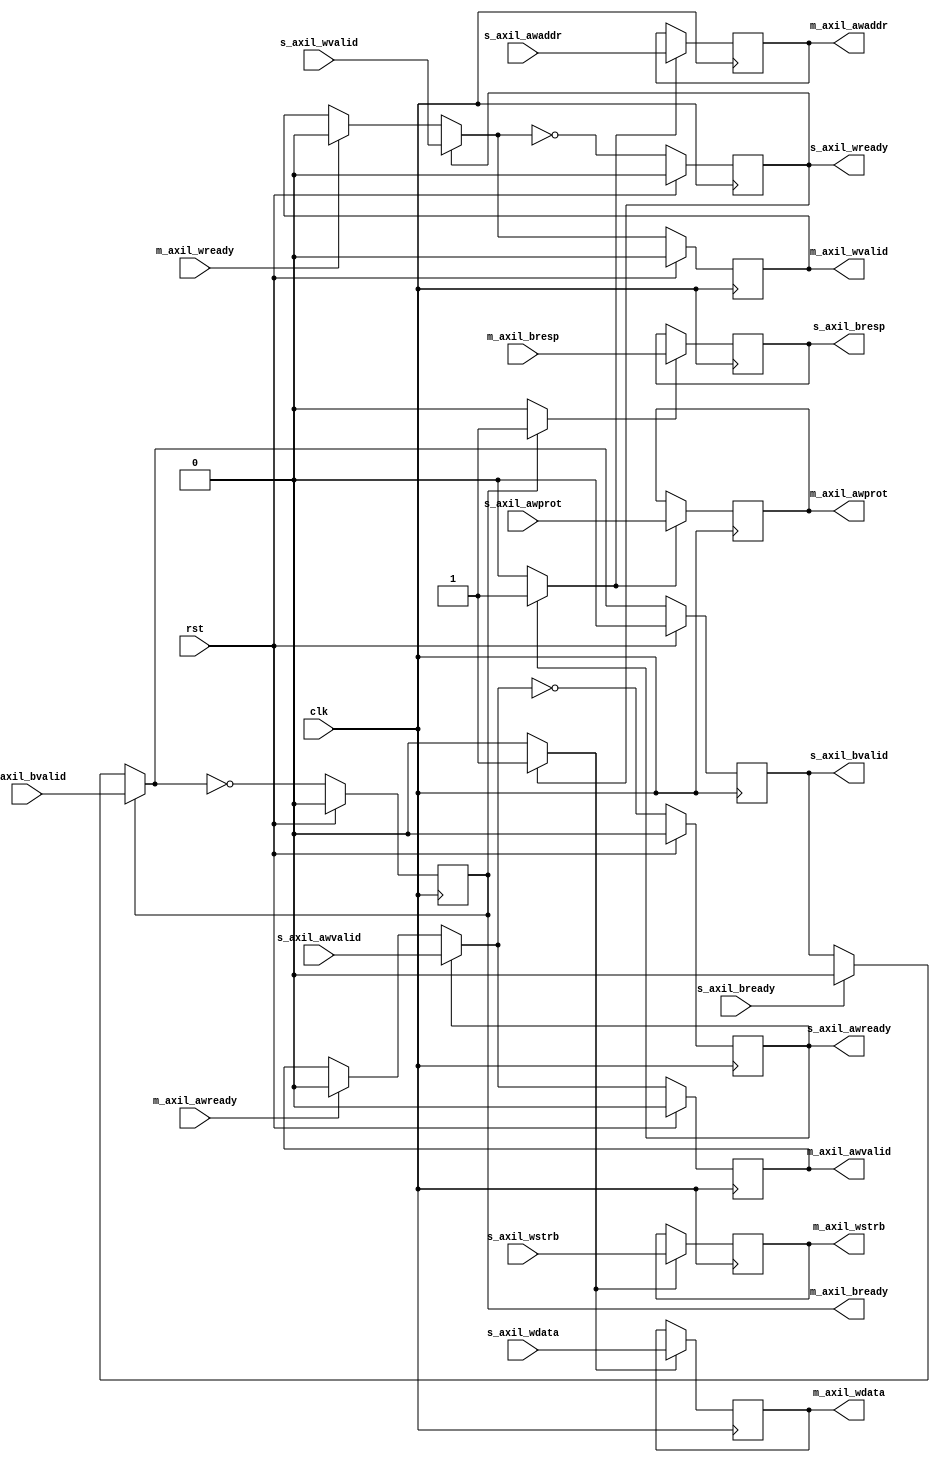
/*

Copyright (c) 2018 Alex Forencich

Permission is hereby granted, free of charge, to any person obtaining a copy
of this software and associated documentation files (the "Software"), to deal
in the Software without restriction, including without limitation the rights
to use, copy, modify, merge, publish, distribute, sublicense, and/or sell
copies of the Software, and to permit persons to whom the Software is
furnished to do so, subject to the following conditions:

The above copyright notice and this permission notice shall be included in
all copies or substantial portions of the Software.

THE SOFTWARE IS PROVIDED "AS IS", WITHOUT WARRANTY OF ANY KIND, EXPRESS OR
IMPLIED, INCLUDING BUT NOT LIMITED TO THE WARRANTIES OF MERCHANTABILITY
FITNESS FOR A PARTICULAR PURPOSE AND NONINFRINGEMENT. IN NO EVENT SHALL THE
AUTHORS OR COPYRIGHT HOLDERS BE LIABLE FOR ANY CLAIM, DAMAGES OR OTHER
LIABILITY, WHETHER IN AN ACTION OF CONTRACT, TORT OR OTHERWISE, ARISING FROM,
OUT OF OR IN CONNECTION WITH THE SOFTWARE OR THE USE OR OTHER DEALINGS IN
THE SOFTWARE.

*/

// Language: Verilog 2001

`resetall
`timescale 1ns / 1ps
`default_nettype none

/*
 * AXI4 lite register (write)
 */
module axil_register_wr #
(
    // Width of data bus in bits
    parameter DATA_WIDTH = 32,
    // Width of address bus in bits
    parameter ADDR_WIDTH = 32,
    // Width of wstrb (width of data bus in words)
    parameter STRB_WIDTH = (DATA_WIDTH/8),
    // AW channel register type
    // 0 to bypass, 1 for simple buffer
    parameter AW_REG_TYPE = 1,
    // W channel register type
    // 0 to bypass, 1 for simple buffer
    parameter W_REG_TYPE = 1,
    // B channel register type
    // 0 to bypass, 1 for simple buffer
    parameter B_REG_TYPE = 1
)
(
    input  wire                     clk,
    input  wire                     rst,

    /*
     * AXI lite slave interface
     */
    input  wire [ADDR_WIDTH-1:0]    s_axil_awaddr,
    input  wire [2:0]               s_axil_awprot,
    input  wire                     s_axil_awvalid,
    output wire                     s_axil_awready,
    input  wire [DATA_WIDTH-1:0]    s_axil_wdata,
    input  wire [STRB_WIDTH-1:0]    s_axil_wstrb,
    input  wire                     s_axil_wvalid,
    output wire                     s_axil_wready,
    output wire [1:0]               s_axil_bresp,
    output wire                     s_axil_bvalid,
    input  wire                     s_axil_bready,

    /*
     * AXI lite master interface
     */
    output wire [ADDR_WIDTH-1:0]    m_axil_awaddr,
    output wire [2:0]               m_axil_awprot,
    output wire                     m_axil_awvalid,
    input  wire                     m_axil_awready,
    output wire [DATA_WIDTH-1:0]    m_axil_wdata,
    output wire [STRB_WIDTH-1:0]    m_axil_wstrb,
    output wire                     m_axil_wvalid,
    input  wire                     m_axil_wready,
    input  wire [1:0]               m_axil_bresp,
    input  wire                     m_axil_bvalid,
    output wire                     m_axil_bready
);

generate

// AW channel

if (AW_REG_TYPE > 1) begin
// skid buffer, no bubble cycles

// datapath registers
reg                    s_axil_awready_reg = 1'b0;

reg [ADDR_WIDTH-1:0]   m_axil_awaddr_reg   = {ADDR_WIDTH{1'b0}};
reg [2:0]              m_axil_awprot_reg   = 3'd0;
reg                    m_axil_awvalid_reg  = 1'b0, m_axil_awvalid_next;

reg [ADDR_WIDTH-1:0]   temp_m_axil_awaddr_reg   = {ADDR_WIDTH{1'b0}};
reg [2:0]              temp_m_axil_awprot_reg   = 3'd0;
reg                    temp_m_axil_awvalid_reg  = 1'b0, temp_m_axil_awvalid_next;

// datapath control
reg store_axil_aw_input_to_output;
reg store_axil_aw_input_to_temp;
reg store_axil_aw_temp_to_output;

assign s_axil_awready  = s_axil_awready_reg;

assign m_axil_awaddr   = m_axil_awaddr_reg;
assign m_axil_awprot   = m_axil_awprot_reg;
assign m_axil_awvalid  = m_axil_awvalid_reg;

// enable ready input next cycle if output is ready or the temp reg will not be filled on the next cycle (output reg empty or no input)
wire s_axil_awready_early = m_axil_awready | (~temp_m_axil_awvalid_reg & (~m_axil_awvalid_reg | ~s_axil_awvalid));

always @* begin
    // transfer sink ready state to source
    m_axil_awvalid_next = m_axil_awvalid_reg;
    temp_m_axil_awvalid_next = temp_m_axil_awvalid_reg;

    store_axil_aw_input_to_output = 1'b0;
    store_axil_aw_input_to_temp = 1'b0;
    store_axil_aw_temp_to_output = 1'b0;

    if (s_axil_awready_reg) begin
        // input is ready
        if (m_axil_awready | ~m_axil_awvalid_reg) begin
            // output is ready or currently not valid, transfer data to output
            m_axil_awvalid_next = s_axil_awvalid;
            store_axil_aw_input_to_output = 1'b1;
        end else begin
            // output is not ready, store input in temp
            temp_m_axil_awvalid_next = s_axil_awvalid;
            store_axil_aw_input_to_temp = 1'b1;
        end
    end else if (m_axil_awready) begin
        // input is not ready, but output is ready
        m_axil_awvalid_next = temp_m_axil_awvalid_reg;
        temp_m_axil_awvalid_next = 1'b0;
        store_axil_aw_temp_to_output = 1'b1;
    end
end

always @(posedge clk) begin
    if (rst) begin
        s_axil_awready_reg <= 1'b0;
        m_axil_awvalid_reg <= 1'b0;
        temp_m_axil_awvalid_reg <= 1'b0;
    end else begin
        s_axil_awready_reg <= s_axil_awready_early;
        m_axil_awvalid_reg <= m_axil_awvalid_next;
        temp_m_axil_awvalid_reg <= temp_m_axil_awvalid_next;
    end

    // datapath
    if (store_axil_aw_input_to_output) begin
        m_axil_awaddr_reg <= s_axil_awaddr;
        m_axil_awprot_reg <= s_axil_awprot;
    end else if (store_axil_aw_temp_to_output) begin
        m_axil_awaddr_reg <= temp_m_axil_awaddr_reg;
        m_axil_awprot_reg <= temp_m_axil_awprot_reg;
    end

    if (store_axil_aw_input_to_temp) begin
        temp_m_axil_awaddr_reg <= s_axil_awaddr;
        temp_m_axil_awprot_reg <= s_axil_awprot;
    end
end

end else if (AW_REG_TYPE == 1) begin
// simple register, inserts bubble cycles

// datapath registers
reg                    s_axil_awready_reg = 1'b0;

reg [ADDR_WIDTH-1:0]   m_axil_awaddr_reg   = {ADDR_WIDTH{1'b0}};
reg [2:0]              m_axil_awprot_reg   = 3'd0;
reg                    m_axil_awvalid_reg  = 1'b0, m_axil_awvalid_next;

// datapath control
reg store_axil_aw_input_to_output;

assign s_axil_awready  = s_axil_awready_reg;

assign m_axil_awaddr   = m_axil_awaddr_reg;
assign m_axil_awprot   = m_axil_awprot_reg;
assign m_axil_awvalid  = m_axil_awvalid_reg;

// enable ready input next cycle if output buffer will be empty
wire s_axil_awready_eawly = !m_axil_awvalid_next;

always @* begin
    // transfer sink ready state to source
    m_axil_awvalid_next = m_axil_awvalid_reg;

    store_axil_aw_input_to_output = 1'b0;

    if (s_axil_awready_reg) begin
        m_axil_awvalid_next = s_axil_awvalid;
        store_axil_aw_input_to_output = 1'b1;
    end else if (m_axil_awready) begin
        m_axil_awvalid_next = 1'b0;
    end
end

always @(posedge clk) begin
    if (rst) begin
        s_axil_awready_reg <= 1'b0;
        m_axil_awvalid_reg <= 1'b0;
    end else begin
        s_axil_awready_reg <= s_axil_awready_eawly;
        m_axil_awvalid_reg <= m_axil_awvalid_next;
    end

    // datapath
    if (store_axil_aw_input_to_output) begin
        m_axil_awaddr_reg <= s_axil_awaddr;
        m_axil_awprot_reg <= s_axil_awprot;
    end
end

end else begin

    // bypass AW channel
    assign m_axil_awaddr = s_axil_awaddr;
    assign m_axil_awprot = s_axil_awprot;
    assign m_axil_awvalid = s_axil_awvalid;
    assign s_axil_awready = m_axil_awready;

end

// W channel

if (W_REG_TYPE > 1) begin
// skid buffer, no bubble cycles

// datapath registers
reg                   s_axil_wready_reg = 1'b0;

reg [DATA_WIDTH-1:0]  m_axil_wdata_reg  = {DATA_WIDTH{1'b0}};
reg [STRB_WIDTH-1:0]  m_axil_wstrb_reg  = {STRB_WIDTH{1'b0}};
reg                   m_axil_wvalid_reg = 1'b0, m_axil_wvalid_next;

reg [DATA_WIDTH-1:0]  temp_m_axil_wdata_reg  = {DATA_WIDTH{1'b0}};
reg [STRB_WIDTH-1:0]  temp_m_axil_wstrb_reg  = {STRB_WIDTH{1'b0}};
reg                   temp_m_axil_wvalid_reg = 1'b0, temp_m_axil_wvalid_next;

// datapath control
reg store_axil_w_input_to_output;
reg store_axil_w_input_to_temp;
reg store_axil_w_temp_to_output;

assign s_axil_wready = s_axil_wready_reg;

assign m_axil_wdata  = m_axil_wdata_reg;
assign m_axil_wstrb  = m_axil_wstrb_reg;
assign m_axil_wvalid = m_axil_wvalid_reg;

// enable ready input next cycle if output is ready or the temp reg will not be filled on the next cycle (output reg empty or no input)
wire s_axil_wready_early = m_axil_wready | (~temp_m_axil_wvalid_reg & (~m_axil_wvalid_reg | ~s_axil_wvalid));

always @* begin
    // transfer sink ready state to source
    m_axil_wvalid_next = m_axil_wvalid_reg;
    temp_m_axil_wvalid_next = temp_m_axil_wvalid_reg;

    store_axil_w_input_to_output = 1'b0;
    store_axil_w_input_to_temp = 1'b0;
    store_axil_w_temp_to_output = 1'b0;

    if (s_axil_wready_reg) begin
        // input is ready
        if (m_axil_wready | ~m_axil_wvalid_reg) begin
            // output is ready or currently not valid, transfer data to output
            m_axil_wvalid_next = s_axil_wvalid;
            store_axil_w_input_to_output = 1'b1;
        end else begin
            // output is not ready, store input in temp
            temp_m_axil_wvalid_next = s_axil_wvalid;
            store_axil_w_input_to_temp = 1'b1;
        end
    end else if (m_axil_wready) begin
        // input is not ready, but output is ready
        m_axil_wvalid_next = temp_m_axil_wvalid_reg;
        temp_m_axil_wvalid_next = 1'b0;
        store_axil_w_temp_to_output = 1'b1;
    end
end

always @(posedge clk) begin
    if (rst) begin
        s_axil_wready_reg <= 1'b0;
        m_axil_wvalid_reg <= 1'b0;
        temp_m_axil_wvalid_reg <= 1'b0;
    end else begin
        s_axil_wready_reg <= s_axil_wready_early;
        m_axil_wvalid_reg <= m_axil_wvalid_next;
        temp_m_axil_wvalid_reg <= temp_m_axil_wvalid_next;
    end

    // datapath
    if (store_axil_w_input_to_output) begin
        m_axil_wdata_reg <= s_axil_wdata;
        m_axil_wstrb_reg <= s_axil_wstrb;
    end else if (store_axil_w_temp_to_output) begin
        m_axil_wdata_reg <= temp_m_axil_wdata_reg;
        m_axil_wstrb_reg <= temp_m_axil_wstrb_reg;
    end

    if (store_axil_w_input_to_temp) begin
        temp_m_axil_wdata_reg <= s_axil_wdata;
        temp_m_axil_wstrb_reg <= s_axil_wstrb;
    end
end

end else if (W_REG_TYPE == 1) begin
// simple register, inserts bubble cycles

// datapath registers
reg                   s_axil_wready_reg = 1'b0;

reg [DATA_WIDTH-1:0]  m_axil_wdata_reg  = {DATA_WIDTH{1'b0}};
reg [STRB_WIDTH-1:0]  m_axil_wstrb_reg  = {STRB_WIDTH{1'b0}};
reg                   m_axil_wvalid_reg = 1'b0, m_axil_wvalid_next;

// datapath control
reg store_axil_w_input_to_output;

assign s_axil_wready = s_axil_wready_reg;

assign m_axil_wdata  = m_axil_wdata_reg;
assign m_axil_wstrb  = m_axil_wstrb_reg;
assign m_axil_wvalid = m_axil_wvalid_reg;

// enable ready input next cycle if output buffer will be empty
wire s_axil_wready_ewly = !m_axil_wvalid_next;

always @* begin
    // transfer sink ready state to source
    m_axil_wvalid_next = m_axil_wvalid_reg;

    store_axil_w_input_to_output = 1'b0;

    if (s_axil_wready_reg) begin
        m_axil_wvalid_next = s_axil_wvalid;
        store_axil_w_input_to_output = 1'b1;
    end else if (m_axil_wready) begin
        m_axil_wvalid_next = 1'b0;
    end
end

always @(posedge clk) begin
    if (rst) begin
        s_axil_wready_reg <= 1'b0;
        m_axil_wvalid_reg <= 1'b0;
    end else begin
        s_axil_wready_reg <= s_axil_wready_ewly;
        m_axil_wvalid_reg <= m_axil_wvalid_next;
    end

    // datapath
    if (store_axil_w_input_to_output) begin
        m_axil_wdata_reg <= s_axil_wdata;
        m_axil_wstrb_reg <= s_axil_wstrb;
    end
end

end else begin

    // bypass W channel
    assign m_axil_wdata = s_axil_wdata;
    assign m_axil_wstrb = s_axil_wstrb;
    assign m_axil_wvalid = s_axil_wvalid;
    assign s_axil_wready = m_axil_wready;

end

// B channel

if (B_REG_TYPE > 1) begin
// skid buffer, no bubble cycles

// datapath registers
reg                   m_axil_bready_reg = 1'b0;

reg [1:0]             s_axil_bresp_reg  = 2'b0;
reg                   s_axil_bvalid_reg = 1'b0, s_axil_bvalid_next;

reg [1:0]             temp_s_axil_bresp_reg  = 2'b0;
reg                   temp_s_axil_bvalid_reg = 1'b0, temp_s_axil_bvalid_next;

// datapath control
reg store_axil_b_input_to_output;
reg store_axil_b_input_to_temp;
reg store_axil_b_temp_to_output;

assign m_axil_bready = m_axil_bready_reg;

assign s_axil_bresp  = s_axil_bresp_reg;
assign s_axil_bvalid = s_axil_bvalid_reg;

// enable ready input next cycle if output is ready or the temp reg will not be filled on the next cycle (output reg empty or no input)
wire m_axil_bready_early = s_axil_bready | (~temp_s_axil_bvalid_reg & (~s_axil_bvalid_reg | ~m_axil_bvalid));

always @* begin
    // transfer sink ready state to source
    s_axil_bvalid_next = s_axil_bvalid_reg;
    temp_s_axil_bvalid_next = temp_s_axil_bvalid_reg;

    store_axil_b_input_to_output = 1'b0;
    store_axil_b_input_to_temp = 1'b0;
    store_axil_b_temp_to_output = 1'b0;

    if (m_axil_bready_reg) begin
        // input is ready
        if (s_axil_bready | ~s_axil_bvalid_reg) begin
            // output is ready or currently not valid, transfer data to output
            s_axil_bvalid_next = m_axil_bvalid;
            store_axil_b_input_to_output = 1'b1;
        end else begin
            // output is not ready, store input in temp
            temp_s_axil_bvalid_next = m_axil_bvalid;
            store_axil_b_input_to_temp = 1'b1;
        end
    end else if (s_axil_bready) begin
        // input is not ready, but output is ready
        s_axil_bvalid_next = temp_s_axil_bvalid_reg;
        temp_s_axil_bvalid_next = 1'b0;
        store_axil_b_temp_to_output = 1'b1;
    end
end

always @(posedge clk) begin
    if (rst) begin
        m_axil_bready_reg <= 1'b0;
        s_axil_bvalid_reg <= 1'b0;
        temp_s_axil_bvalid_reg <= 1'b0;
    end else begin
        m_axil_bready_reg <= m_axil_bready_early;
        s_axil_bvalid_reg <= s_axil_bvalid_next;
        temp_s_axil_bvalid_reg <= temp_s_axil_bvalid_next;
    end

    // datapath
    if (store_axil_b_input_to_output) begin
        s_axil_bresp_reg <= m_axil_bresp;
    end else if (store_axil_b_temp_to_output) begin
        s_axil_bresp_reg <= temp_s_axil_bresp_reg;
    end

    if (store_axil_b_input_to_temp) begin
        temp_s_axil_bresp_reg <= m_axil_bresp;
    end
end

end else if (B_REG_TYPE == 1) begin
// simple register, inserts bubble cycles

// datapath registers
reg                   m_axil_bready_reg = 1'b0;

reg [1:0]             s_axil_bresp_reg  = 2'b0;
reg                   s_axil_bvalid_reg = 1'b0, s_axil_bvalid_next;

// datapath control
reg store_axil_b_input_to_output;

assign m_axil_bready = m_axil_bready_reg;

assign s_axil_bresp  = s_axil_bresp_reg;
assign s_axil_bvalid = s_axil_bvalid_reg;

// enable ready input next cycle if output buffer will be empty
wire m_axil_bready_early = !s_axil_bvalid_next;

always @* begin
    // transfer sink ready state to source
    s_axil_bvalid_next = s_axil_bvalid_reg;

    store_axil_b_input_to_output = 1'b0;

    if (m_axil_bready_reg) begin
        s_axil_bvalid_next = m_axil_bvalid;
        store_axil_b_input_to_output = 1'b1;
    end else if (s_axil_bready) begin
        s_axil_bvalid_next = 1'b0;
    end
end

always @(posedge clk) begin
    if (rst) begin
        m_axil_bready_reg <= 1'b0;
        s_axil_bvalid_reg <= 1'b0;
    end else begin
        m_axil_bready_reg <= m_axil_bready_early;
        s_axil_bvalid_reg <= s_axil_bvalid_next;
    end

    // datapath
    if (store_axil_b_input_to_output) begin
        s_axil_bresp_reg <= m_axil_bresp;
    end
end

end else begin

    // bypass B channel
    assign s_axil_bresp = m_axil_bresp;
    assign s_axil_bvalid = m_axil_bvalid;
    assign m_axil_bready = s_axil_bready;

end

endgenerate

endmodule

`resetall